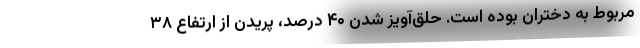
مربوط به دختران بوده است. حلق‌آویز شدن ۴۰ درصد، پریدن از ارتفاع ۳۸